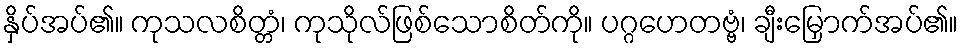
နှိပ်အပ်၏။ ကုသလစိတ္တံ၊ ကုသိုလ်ဖြစ်သောစိတ်ကို။ ပဂ္ဂဟေတဗ္ဗံ၊ ချီးမြှောက်အပ်၏။